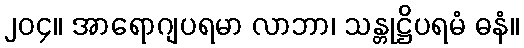
၂၀၄။ အာရောဂျပရမာ လာဘာ၊ သန္တုဋ္ဌိပရမံ ဓနံ။